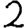
Digit: 2